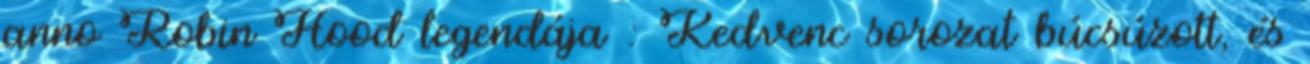
anno Robin Hood legendája : Kedvenc sorozat búcsúzott, és